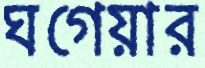
ঘগেয়ার